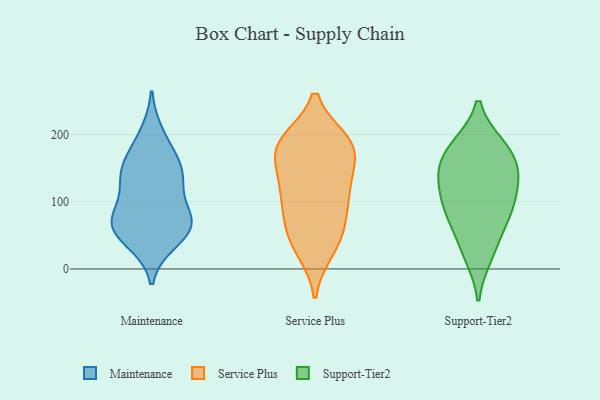
{"axis": {"x": "Gross Profit (USD K)", "y": "Value"}, "legend": ["Maintenance", "Service Plus", "Support-Tier2"], "data": [{"x": "", "y": 173, "type": "Maintenance"}, {"x": "", "y": 136, "type": "Maintenance"}, {"x": "", "y": 133, "type": "Maintenance"}, {"x": "", "y": 42, "type": "Maintenance"}, {"x": "", "y": 54, "type": "Maintenance"}, {"x": "", "y": 146, "type": "Maintenance"}, {"x": "", "y": 67, "type": "Maintenance"}, {"x": "", "y": 71, "type": "Maintenance"}, {"x": "", "y": 200, "type": "Maintenance"}, {"x": "", "y": 142, "type": "Maintenance"}, {"x": "", "y": 60, "type": "Maintenance"}, {"x": "", "y": 81, "type": "Maintenance"}, {"x": "", "y": 78, "type": "Maintenance"}, {"x": "", "y": 105, "type": "Service Plus"}, {"x": "", "y": 182, "type": "Service Plus"}, {"x": "", "y": 79, "type": "Service Plus"}, {"x": "", "y": 181, "type": "Service Plus"}, {"x": "", "y": 28, "type": "Service Plus"}, {"x": "", "y": 188, "type": "Service Plus"}, {"x": "", "y": 190, "type": "Service Plus"}, {"x": "", "y": 190, "type": "Service Plus"}, {"x": "", "y": 173, "type": "Service Plus"}, {"x": "", "y": 34, "type": "Service Plus"}, {"x": "", "y": 121, "type": "Service Plus"}, {"x": "", "y": 108, "type": "Service Plus"}, {"x": "", "y": 58, "type": "Service Plus"}, {"x": "", "y": 58, "type": "Service Plus"}, {"x": "", "y": 150, "type": "Service Plus"}, {"x": "", "y": 128, "type": "Service Plus"}, {"x": "", "y": 183, "type": "Support-Tier2"}, {"x": "", "y": 181, "type": "Support-Tier2"}, {"x": "", "y": 30, "type": "Support-Tier2"}, {"x": "", "y": 145, "type": "Support-Tier2"}, {"x": "", "y": 78, "type": "Support-Tier2"}, {"x": "", "y": 77, "type": "Support-Tier2"}, {"x": "", "y": 142, "type": "Support-Tier2"}, {"x": "", "y": 133, "type": "Support-Tier2"}, {"x": "", "y": 112, "type": "Support-Tier2"}, {"x": "", "y": 104, "type": "Support-Tier2"}, {"x": "", "y": 80, "type": "Support-Tier2"}, {"x": "", "y": 182, "type": "Support-Tier2"}, {"x": "", "y": 153, "type": "Support-Tier2"}, {"x": "", "y": 20, "type": "Support-Tier2"}]}